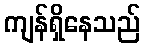
ကျန်ရှိနေသည်